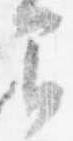
間